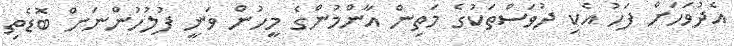
އެދުވަހަށް ފަހު އެކި ދުވަސްތަކުގެ މަތިން އާންމުންގެ މީހުން ވަނީ ފުލުހުންނަށް ބޮޑެތި